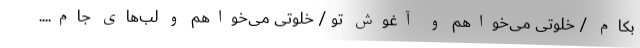
بکام / خلوتی می‌خواهم و آغوش تو / خلوتی می‌خواهم و لب‌های جام....